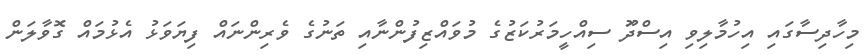
މިހާދިސާގައި އިހުމާލިވި އިސްދަޫ ސިއްހީމަރުކަޒުގެ މުވައްޒިފުންނާއި ތަނުގެ ވެރިންނައް ފިޔަވަޅު އެޅުމައް ގޮވާލަން